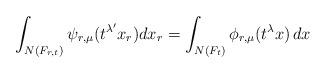
LaTeX: \begin{align*}\int_{N(F_{r,t})} \psi_{r,\mu}(t^{\lambda'} x_r ) dx_r = \int_{N(F_t)} \phi_{r,\mu}(t^{\lambda} x) \,dx\end{align*}